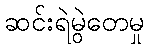
ဆင်းရဲမွဲတေမှု